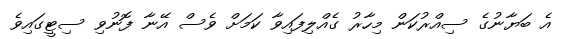
އެ ބަޔާނުގެ ސިއްރުކަން މިހާރު ގެއްލިފައިވާ ކަމަށް ވެސް އޭނާ ފޮނުވި ސިޓީގައިވެ